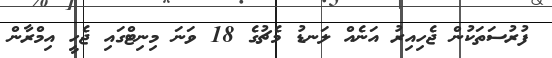
ފުރުސަތަކުން ޖެހިއިރު އަނެއް ލަނޑު މެޗުގެ 18 ވަނަ މިނިޓްގައި ޖެހީ އިމްރާން